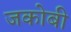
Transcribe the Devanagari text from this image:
जकोबी